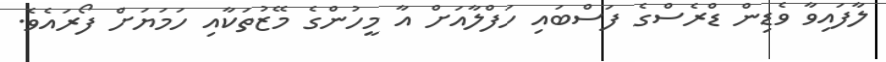
ލާފައިވާ ވެޑިން ޑްރެސްގެ ފަސްބައި ހަފްލާއަށް އާ މީހުންގެ މޭޒުތަކާއި ހަމަޔަށް ފޯރައެވެ.